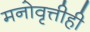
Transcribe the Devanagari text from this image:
मनोवृत्तीही